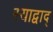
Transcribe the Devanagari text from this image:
स्याद्वाद्